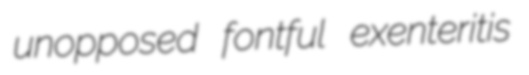
unopposed fontful exenteritis